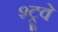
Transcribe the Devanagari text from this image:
श्ट्रूवे